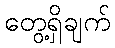
တွေ့ရှိချက်